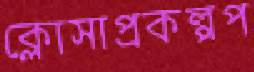
ক্লোসাপ্রকল্পপ